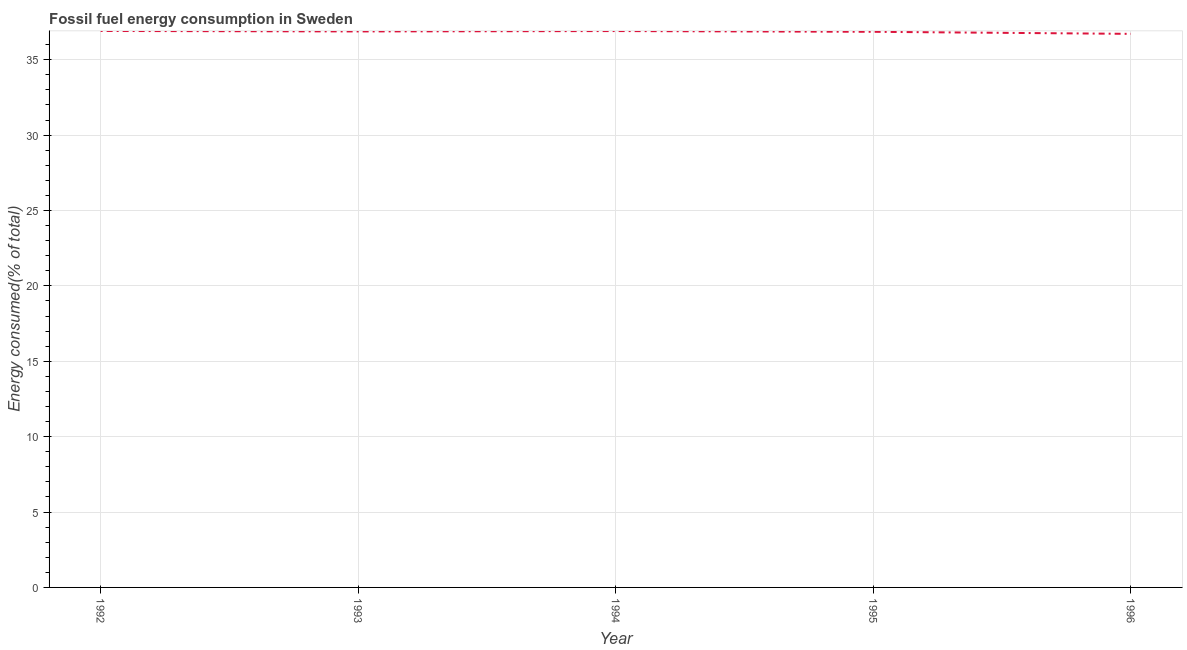
| Year | Fossil fuel energy consumption (% of total) |
 | --- | --- |
 | 1992 | 36.9 |
 | 1993 | 36.9 |
 | 1994 | 36.9 |
 | 1995 | 36.9 |
 | 1996 | 36.7 |